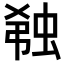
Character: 𬠆